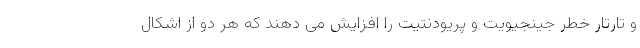
و تارتار خطر جینجیویت و پریودنتیت را افزایش می دهند که هر دو از اشکال